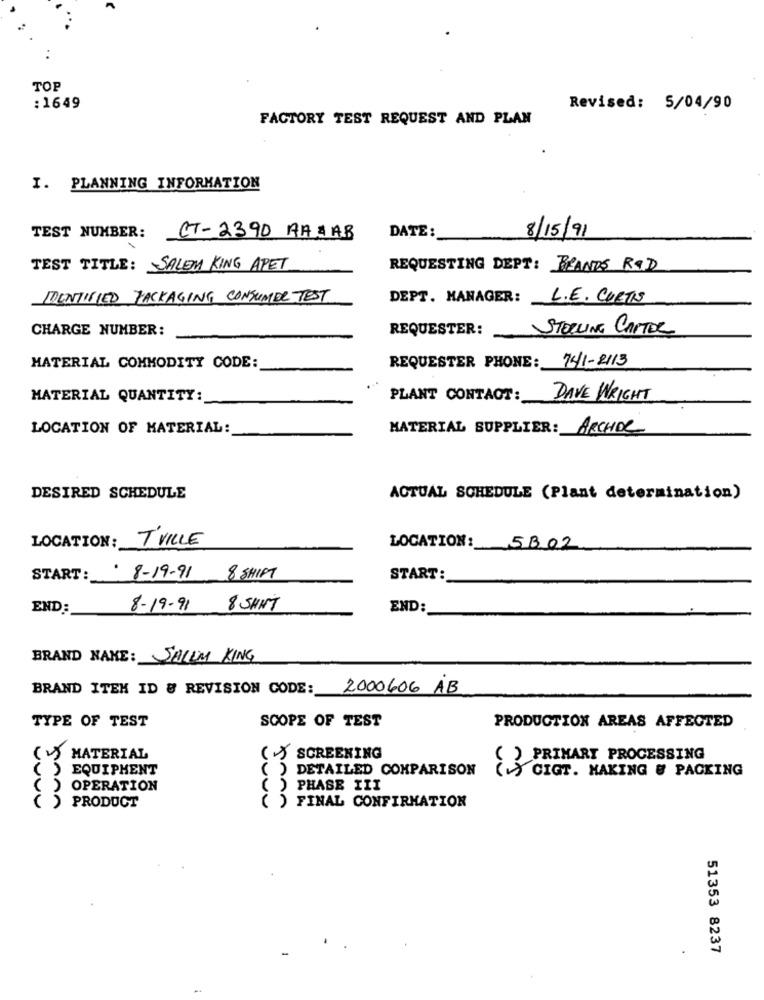
TOP
: 1649
Revised: 5/04/90
FACTORY TEST REQUEST AND PLAN
I. PLANNING INFORMATION
TEST NUMBER:
CT-2390 AA AAB
DATE:
8/15/91
TEST TITLE: SALEM KING APET
REQUESTING DEPT: BRANDS ROD
IDENTIFIED PACKAGING CONSUMER TEST
DEPT. MANAGER: L.E. CURTIS
CHARGE NUMBER:
REQUESTER:
STOLLING CAPTOR
REQUESTER PHONE: 741-2113
MATERIAL COMMODITY CODE:
MATERIAL QUANTITY:
PLANT CONTACT:
DAVE WRIGHT
LOCATION OF MATERIAL:
MATERIAL SUPPLIER: ARCHOC
DESIRED SCHEDULE
ACTUAL SCHEDULE (Plant determination)
LOCATION:
T VILLE
LOCATION: 5BOZ
START:
. 8-19-91 8 SHIFT
START :_
END:
8- 19 - 91 8 SHIT
END:
BRAND NAME: SALOM KING
BRAND ITEM ID & REVISION CODE:
2000606 AB
TYPE OF TEST
SCOPE OF TEST
PRODUCTION AREAS AFFECTED
() MATERIAL
( ) SCREENING
PRIMARY PROCESSING
( ) EQUIPMENT
( ) DETAILED COMPARISON
CIGT. MAKING & PACKING
OPERATION
( ) PHASE III
( )PRODUCT
( ) FINAL CONFIRMATION
51353 8237